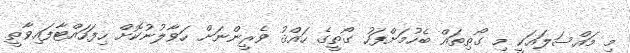
މި މައްސަލައަކީ މި ގޯތިތައް ބެހުމަށްފަހު ގޯތީގެ ހައްޤު ވެރީންނަށް ހަވާލުނުކޮށް ހިފަހައްޓާފައިވާތީ